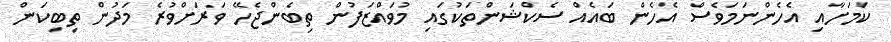
ކަމަށާއި އެހެންނަމަވެސް އެހެން ބައެއް ސެކްޝަންތަކުގައި މުވައްޒަފުން ތިބެންޖެހޭ ވަރަށްވުރެ މަދުން ތިބިކަން